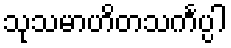
သုသမာဟိတသင်္ကပ္ပါ